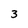
Character: 3